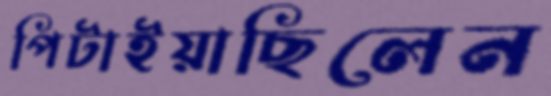
পিটাইয়াছিলেন